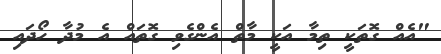
"އެއް ގޮތަކީ ތިމާ އަކީ މާތް އެންގެވި ގޮތައް އެ މުދާ ހޯދައި